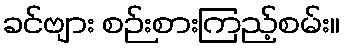
ခင်ဗျား စဉ်းစားကြည့်စမ်း။